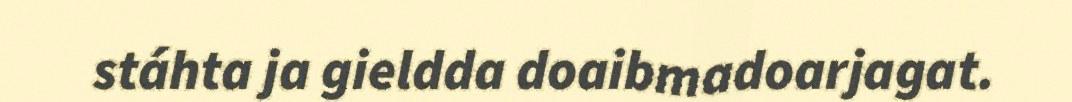
stáhta ja gieldda doaibmadoarjagat.